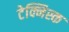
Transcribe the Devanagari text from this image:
टेक्निस्क